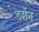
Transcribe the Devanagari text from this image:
टर्मैन